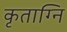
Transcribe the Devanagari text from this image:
कृताग्नि